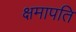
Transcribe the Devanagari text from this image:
क्षमापति